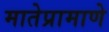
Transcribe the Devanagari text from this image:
मातेप्रामाणे